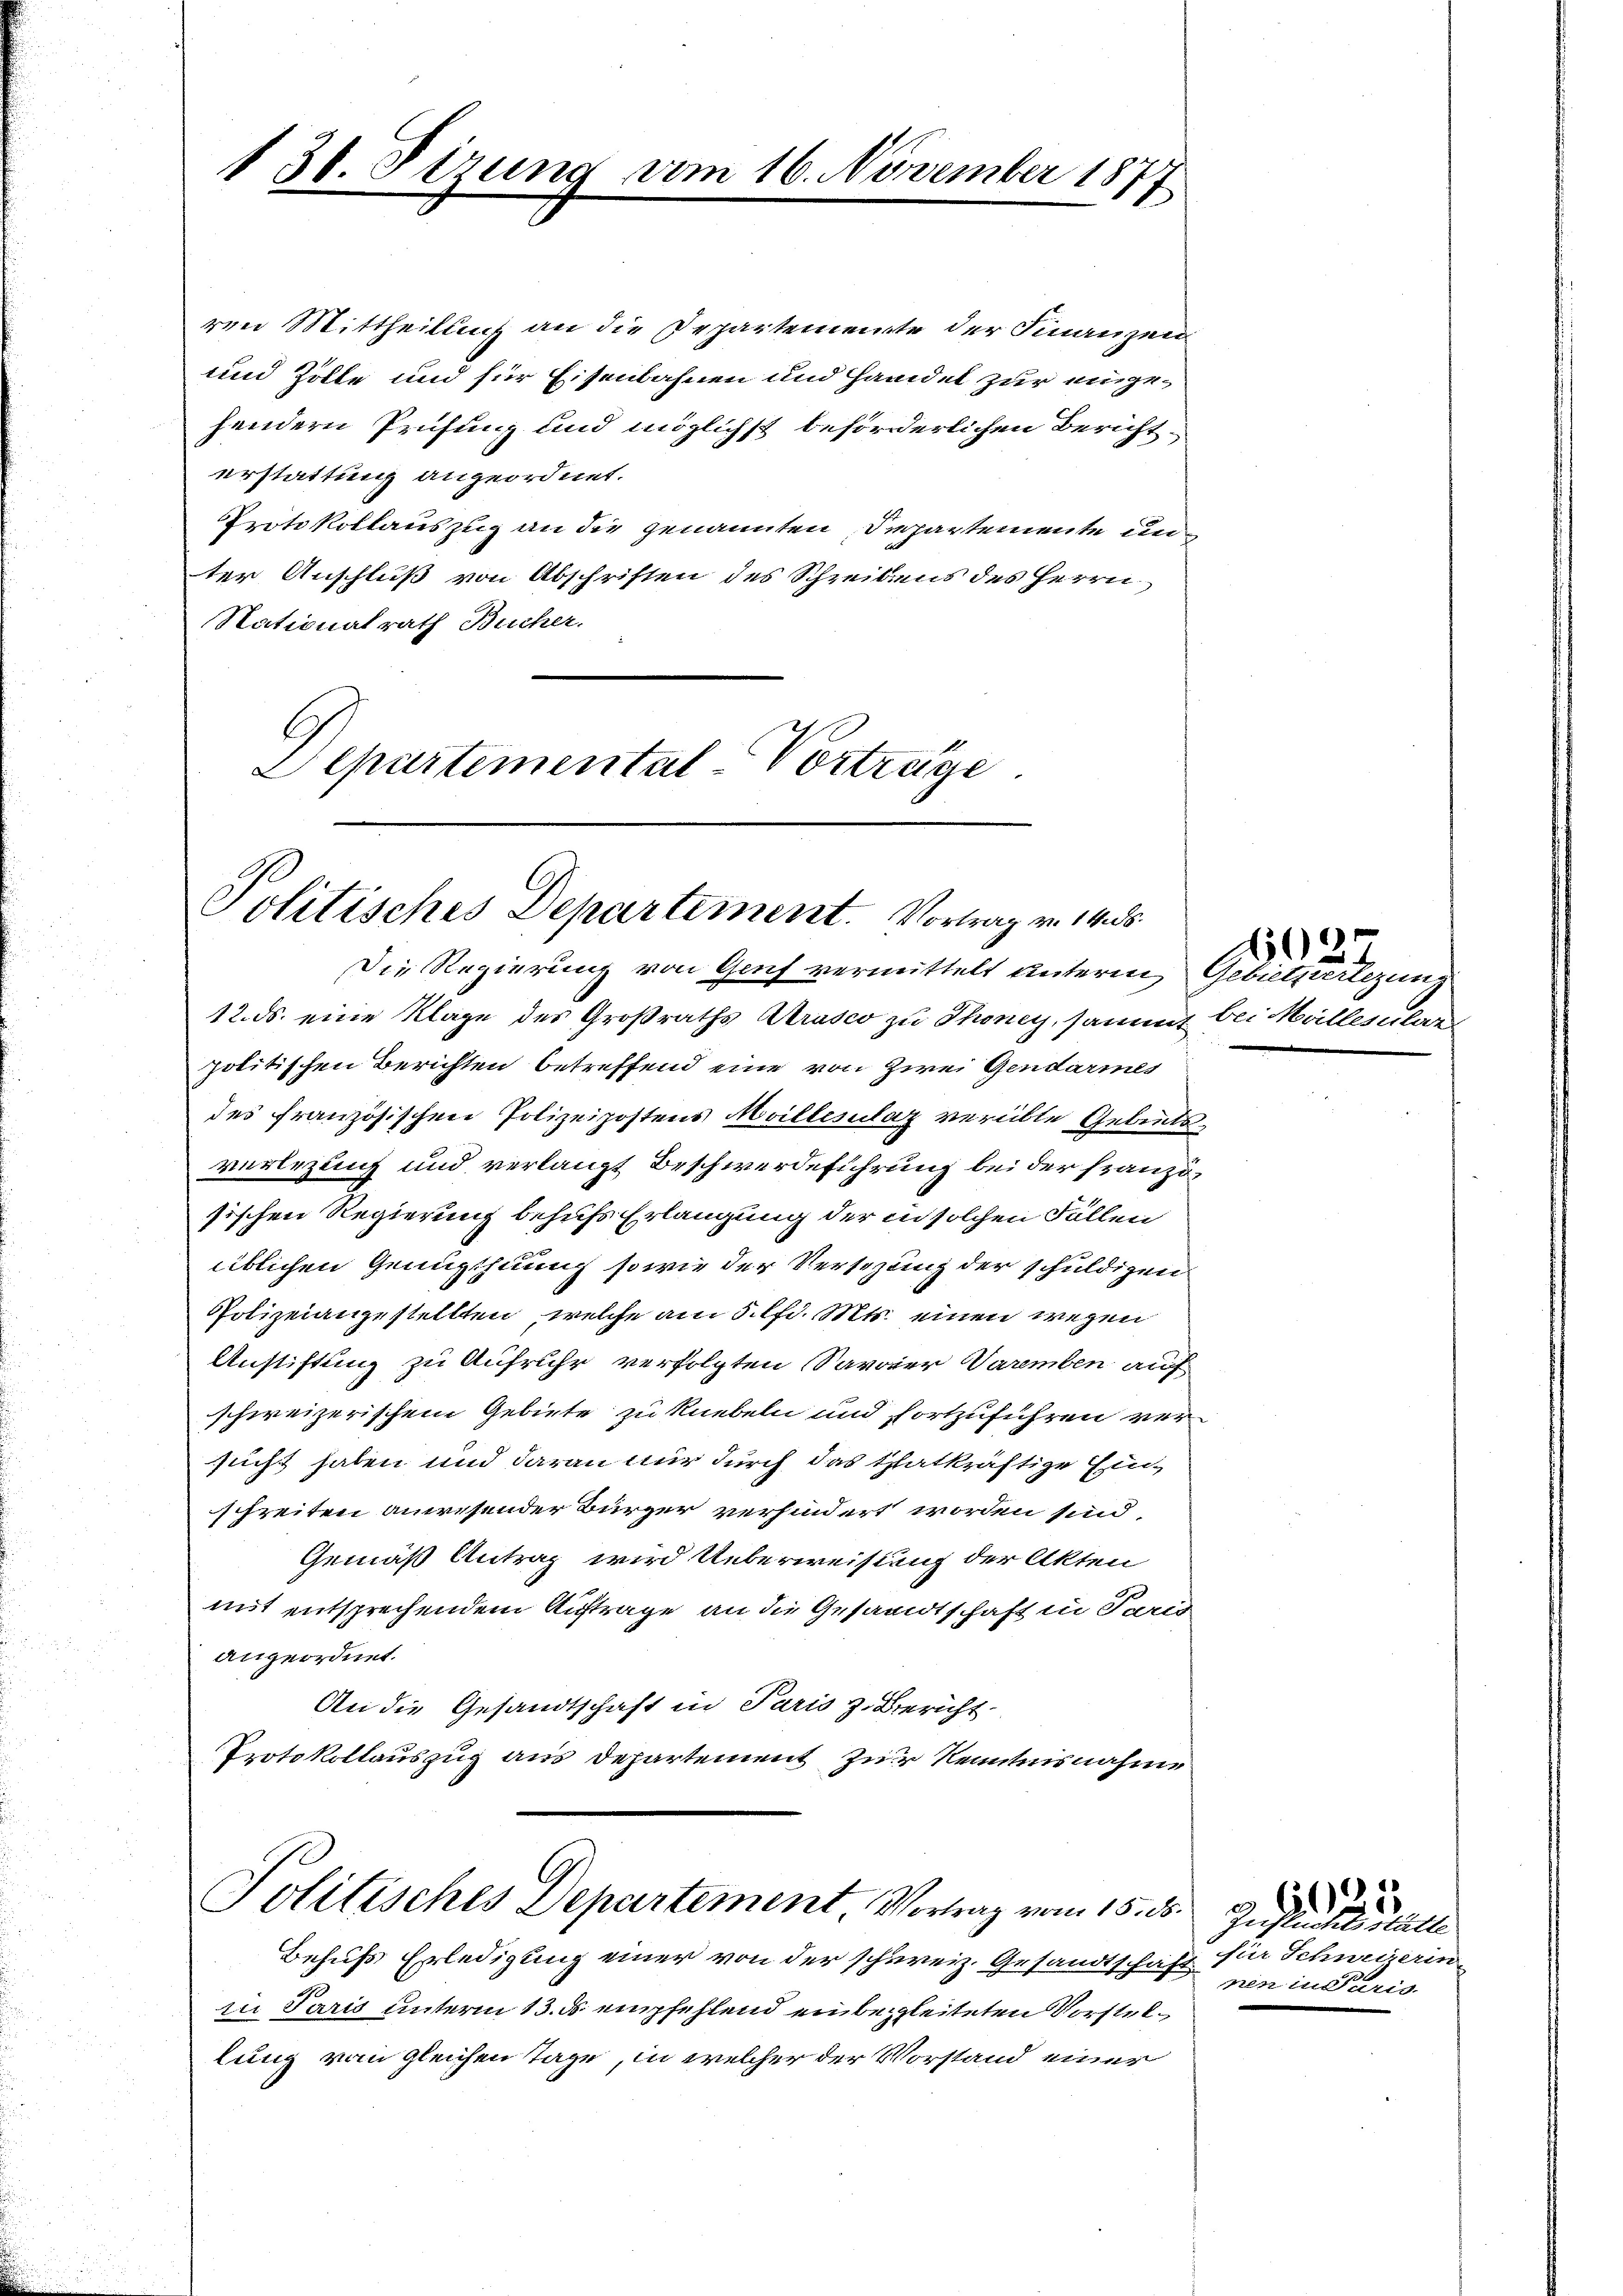
130. Sizung vom 16. November 1877

ren Mittheilung an die Departemente der Finanzen
und Zolle und für Eisenbahnen und Handel zur eingehendern Prüfung und möglichst beförderlichen Bericht
erstattung angeordnet.
Protokollauszug an die genannten Departemente un
ter Anschluß von Abschriften des Schreibens des Herrn
Nationalrath Bucher.
Departemental-Vortrüge.

Politisches Departement. Vortrag v. 14. ds.

Politisches Departement, Vortrag vom 15. d.

Die Regierung von Genf vermittelt unterm Gebiethvertezung
12. ds. eine Klage des Großraths Arasco zu Thoney, sammt bei Mallerular
politischen Berichten betreffend eine von Zwei Gendarmes
des französischen Polizeipostens Meillenlaz verübte Gebietsverlegung und verlangt Beschwerdeführung bei der französischen Regierung behufs Erlangung der in solchen Fällen
üblichen Genugthuung sowie der Versezung der schuldigen
Polizeiangestellten, welche am 5. lfd. Mts. einen wegen
Anstiftung zu Aufruhe verfolgten Savaier Varmben auf
schweizerischem Gebiete zu knebeln und fortzuführen ver
sucht haben und daran nur durch das thatkräftige Einschreiten anwesender Bürger verhindert worden sind,
Gemäß Antrag wird Ueberweisung der Akten
mit entsprechendem Auftrage an die Gesandtschaft in Paris
angeordnet.
An die Gesandtschaft in Paris z. Bericht
Protokollauszug aus Departement zur Kenntnisnahme

Behufs Erledigung einer von der schweiz. Gesandtschaft für Schweizerin
rie Paris unterm 13. ds empfehlend einbegleiteten Vorstellung vom gleichen Tage, in welcher der Vorstand einer

2

b.
J. der
nen in Paris